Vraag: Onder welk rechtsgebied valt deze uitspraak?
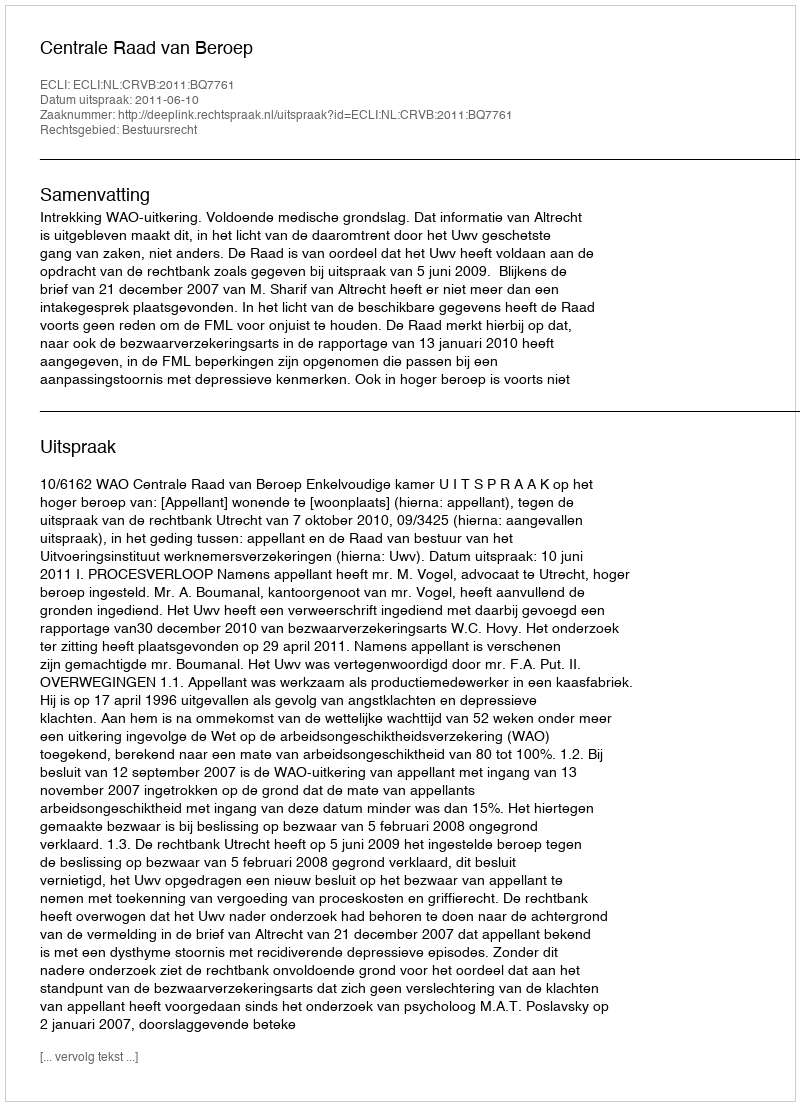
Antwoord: Bestuursrecht